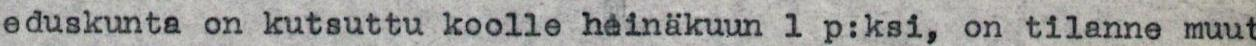
eduskunta on kutsuttu koolle heinäkuun 1 p:ksi, on tilanne muut